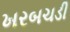
ખરબચડી